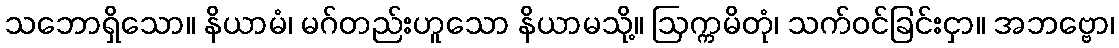
သဘောရှိသော။ နိယာမံ၊ မဂ်တည်းဟူသော နိယာမသို့။ ဩက္ကမိတုံ၊ သက်ဝင်ခြင်းငှာ။ အဘဗ္ဗော၊